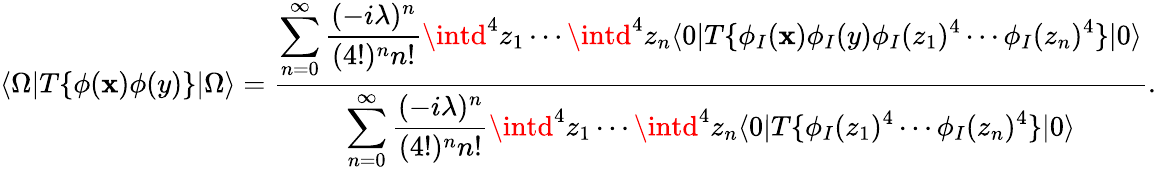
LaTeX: \langle\Omega|T\{ \phi(\mathbf{x})\phi(y)\} |\Omega\rangle={\frac{{\displaystyle\sum_{n=0}^{\infty}{\frac{{(-i\lambda)^{n}}}{{(4!)^{n}n!}}}\intd^{4}z_{1}\cdots\intd^{4}z_{n}\langle0|T\{ \phi_{I}(\mathbf{x})\phi_{I}(y)\phi_{I}(z_{1})^{4}\cdots\phi_{I}(z_{n})^{4}\} |0\rangle}}{{\displaystyle\sum_{n=0}^{\infty}{\frac{{(-i\lambda)^{n}}}{{(4!)^{n}n!}}}\intd^{4}z_{1}\cdots\intd^{4}z_{n}\langle0|T\{ \phi_{I}(z_{1})^{4}\cdots\phi_{I}(z_{n})^{4}\} |0\rangle}}}.